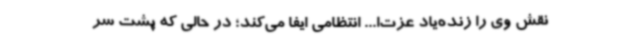
نقش وی را زنده‌یاد عزت‌ا... انتظامی ایفا می‌کند؛ در حالی که پشت سر